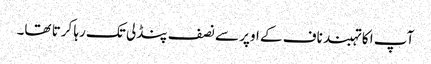
آپ ا کا تہبند ناف کے اوپر سے نصف پنڈلی تک رہا کرتا تھا۔